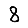
Digit: 8